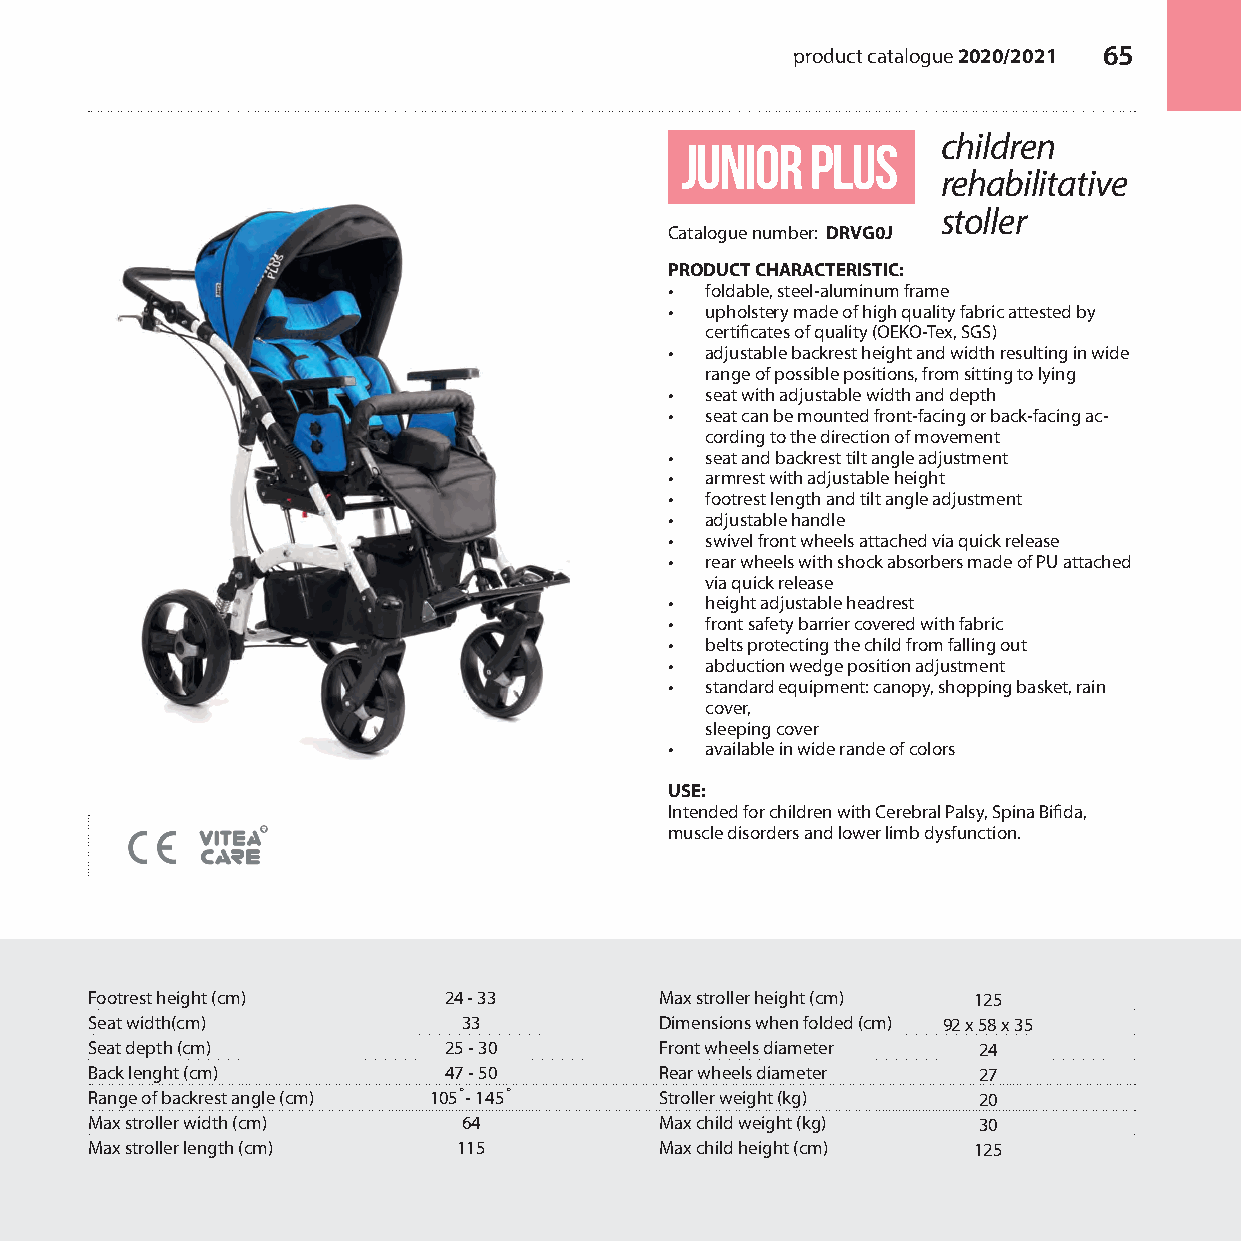
product catalogue 2020/2021 65
 children
 junior   plus
 rehabilitative
 stoller
 Catalogue number: DRVG0J
 PRODUCT CHARACTERISTIC:
 •  foldable, steel-aluminum frame
 •  upholstery made of high quality fabric attested by
 certificates of quality (OEKO-Tex, SGS)
 •  adjustable backrest height and width resulting in wide
 range of possible positions, from sitting to lying
 •  seat with adjustable width and depth
 •  seat can be mounted front-facing or back-facing ac-
 cording to the direction of movement
 •  seat and backrest tilt angle adjustment
 •  armrest with adjustable height
 •  footrest length and tilt angle adjustment
 •  adjustable handle
 •  swivel front wheels attached via quick release
 •  rear wheels with shock absorbers made of PU attached
 via quick release
 •  height adjustable headrest
 •  front safety barrier covered with fabric
 •  belts protecting the child from falling out
 •  abduction wedge position adjustment
 •  standard equipment: canopy, shopping basket, rain
 cover,
 sleeping cover
 •  available in wide rande of colors
 USE:
 Intended for children with Cerebral Palsy, Spina Bifida,
 muscle disorders and lower limb dysfunction.
 Footrest height (cm)   24 - 33        Max stroller height (cm) 125
 Seat width(cm)           33           Dimensions when folded (cm) 92 x 58 x 35
 Seat depth (cm)        25 - 30        Front wheels diameter 24
 Back lenght (cm)       47 - 50        Rear wheels diameter 27
 Range of backrest angle (cm) 105˚- 145˚ Stroller weight (kg) 20
 Max stroller width (cm)  64           Max child weight (kg) 30
 Max stroller length (cm) 115          Max child height (cm) 125